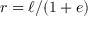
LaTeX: r = \ell / ( 1 + e )